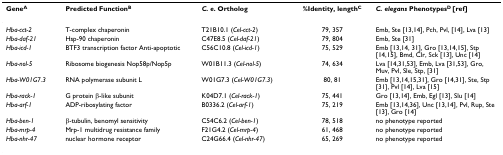
| GeneA | Predicted FunctionB | C. e. Ortholog | %Identity, lengthC | C. elegans PhenotypesD [ref] |
 | --- | --- | --- | --- | --- |
 | Hba-cct-2 | T-complex chaperonin | T21B10.1 (Cel-cct-2) | 79, 357 | Emb, Ste [13,14], Pch, Pvl, [14], Lva [13] |
 | Hba-daf-21 | Hsp-90 chaperonin | C47E8.5 (Cel-daf-21) | 79, 804 | Emb, Ste [31] |
 | Hba-icd-1 | BTF3 transcription factor Anti-apoptotic | C56C10.8 (Cel-icd-1) | 75, 529 | Emb [13,14, 31], Gro [13,14,15], Stp [14,15], Bmd, Clr, Sck [13], Unc [14] |
 | Hba-nol-5 | Ribosome biogenesis Nop58p/Nop5p | W01B11.3 (Cel-nol-5) | 74, 634 | Lva [14,31,53], Emb, Lva [31,53], Gro, Muv, Pvl, Sle, Stp, [31] |
 | Hba-W01G7.3 | RNA polymerase subunit L | W01G7.3 (Cel-W01G7.3) | 80, 81 | Emb [13,14,15,31], Gro [14,31], Ste, Stp [31], Pvl [14], Lva [15] |
 | Hba-rack-1 | G protein β-like subunit | K04D7.1 (Cel-rack-1) | 75, 441 | Gro [13,14], Emb, Egl [13], Slu [14] |
 | Hba-arf-1 | ADP-ribosylating factor | B0336.2 (Cel-arf-1) | 75, 219 | Emb [13,14,36], Unc [13,14], Pvl, Rup, Ste [13], Gro [14] |
 | Hba-ben-1 | β-tubulin, benomyl sensitivity | C54C6.2 (Cel-ben-1) | 78, 518 | no phenotype reported |
 | Hba-mrp-4 | Mrp-1 multidrug resistance family | F21G4.2 (Cel-mrp-4) | 61, 468 | no phenotype reported |
 | Hba-nhr-47 | nuclear hormone receptor | C24G66.4 (Cel-nhr-47) | 65, 269 | no phenotype reported |